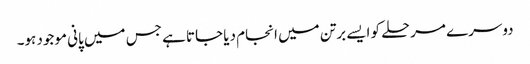
دوسرے مرحلے کو ایسے برتن میں انجام دیا جاتا ہے جس میں پانی موجود ہو۔